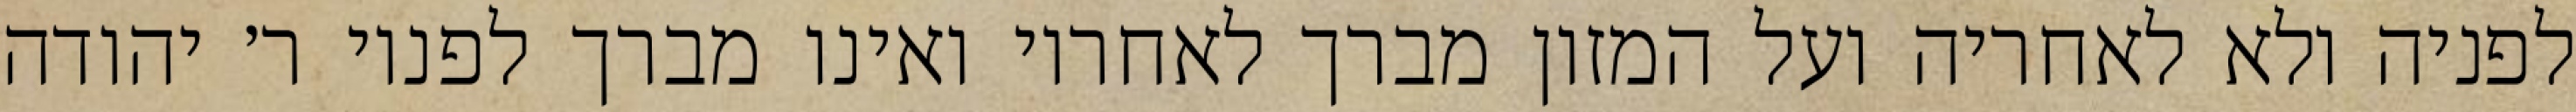
לפניה ולא לאחריה ועל המזון מברך לאחריו ואינו מברך לפניו ר׳ יהודה